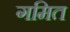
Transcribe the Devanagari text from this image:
गमित